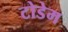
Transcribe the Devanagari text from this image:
टोडेम